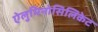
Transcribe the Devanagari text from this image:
ऐलुमिनोसिलिकेट